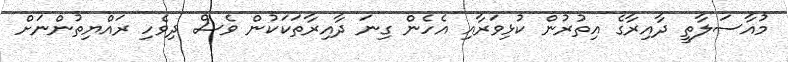
މުއާސަލާތީ ދާއިރާގެ އިތުރުން ކުޅިވަރާއި އެހެން ގިނަ ދާއިރާތަކަކުން ވެސް ދިވެހި ރައްޔިތުންނަށް